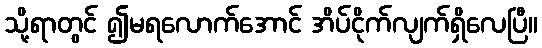
သို့ရာတွင် ၍မရလောက်အောင် အိပ်ငိုက်လျက်ရှိလေပြီ။